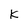
Character: K